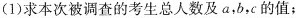
(1)求本次被调查的考生总人数及a，b，c的值